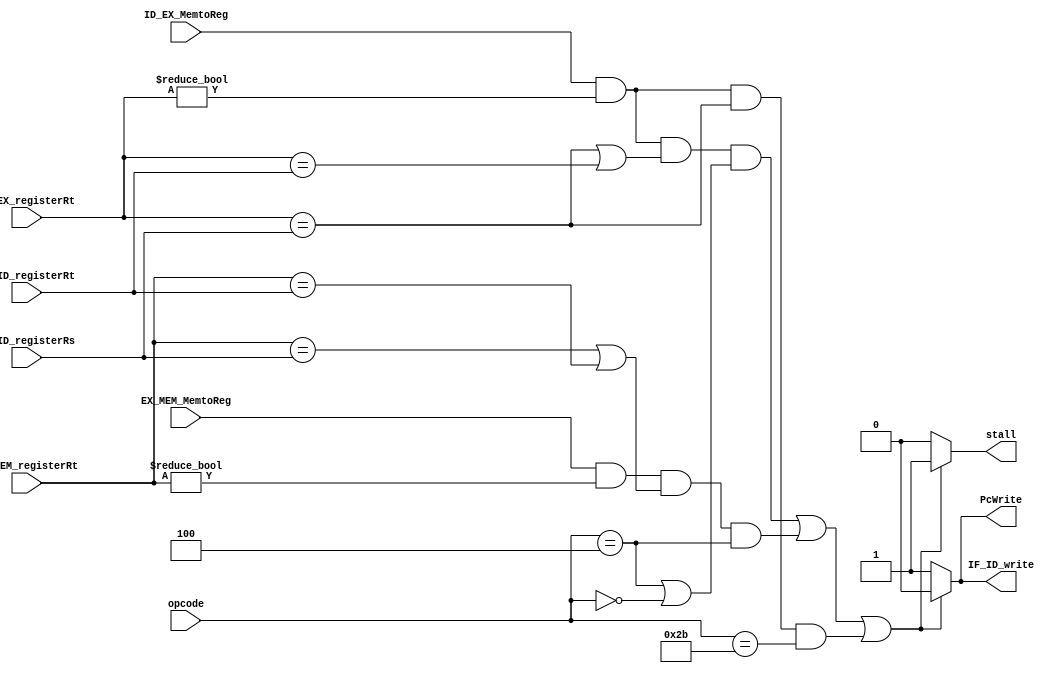
module hazarddetection(input ID_EX_MemtoReg, EX_MEM_MemtoReg, 
                       input [5:0] opcode,
                       input [4:0] ID_EX_registerRt , IF_ID_registerRs, IF_ID_registerRt,EX_MEM_registerRt, 
                       output reg  PcWrite, IF_ID_write, stall
);
    always @ (*)
      begin
          if ( (ID_EX_MemtoReg && (ID_EX_registerRt != 'd0) && ((ID_EX_registerRt == IF_ID_registerRs) ||(ID_EX_registerRt  == IF_ID_registerRt)) && ((opcode == 6'b000100) || (opcode == 6'b000000)))      ||      (EX_MEM_MemtoReg && (EX_MEM_registerRt != 'd0) && ((EX_MEM_registerRt == IF_ID_registerRs) ||(EX_MEM_registerRt  == IF_ID_registerRt)) && (opcode == 6'b000100) )                  ||   (ID_EX_MemtoReg && (ID_EX_registerRt != 'd0) && (ID_EX_registerRt == IF_ID_registerRs)  && (opcode == 6'b101011))  )
            begin
                stall = 1'b1;
                PcWrite = 1'b0;
                IF_ID_write = 1'b0;
            end
          else
            begin
                IF_ID_write = 1'b1;
                stall = 1'b0;
                PcWrite = 1'b1;
            end
      end // always @ (*)
    
          
endmodule // hazarddetection